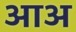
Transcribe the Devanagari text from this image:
आअ